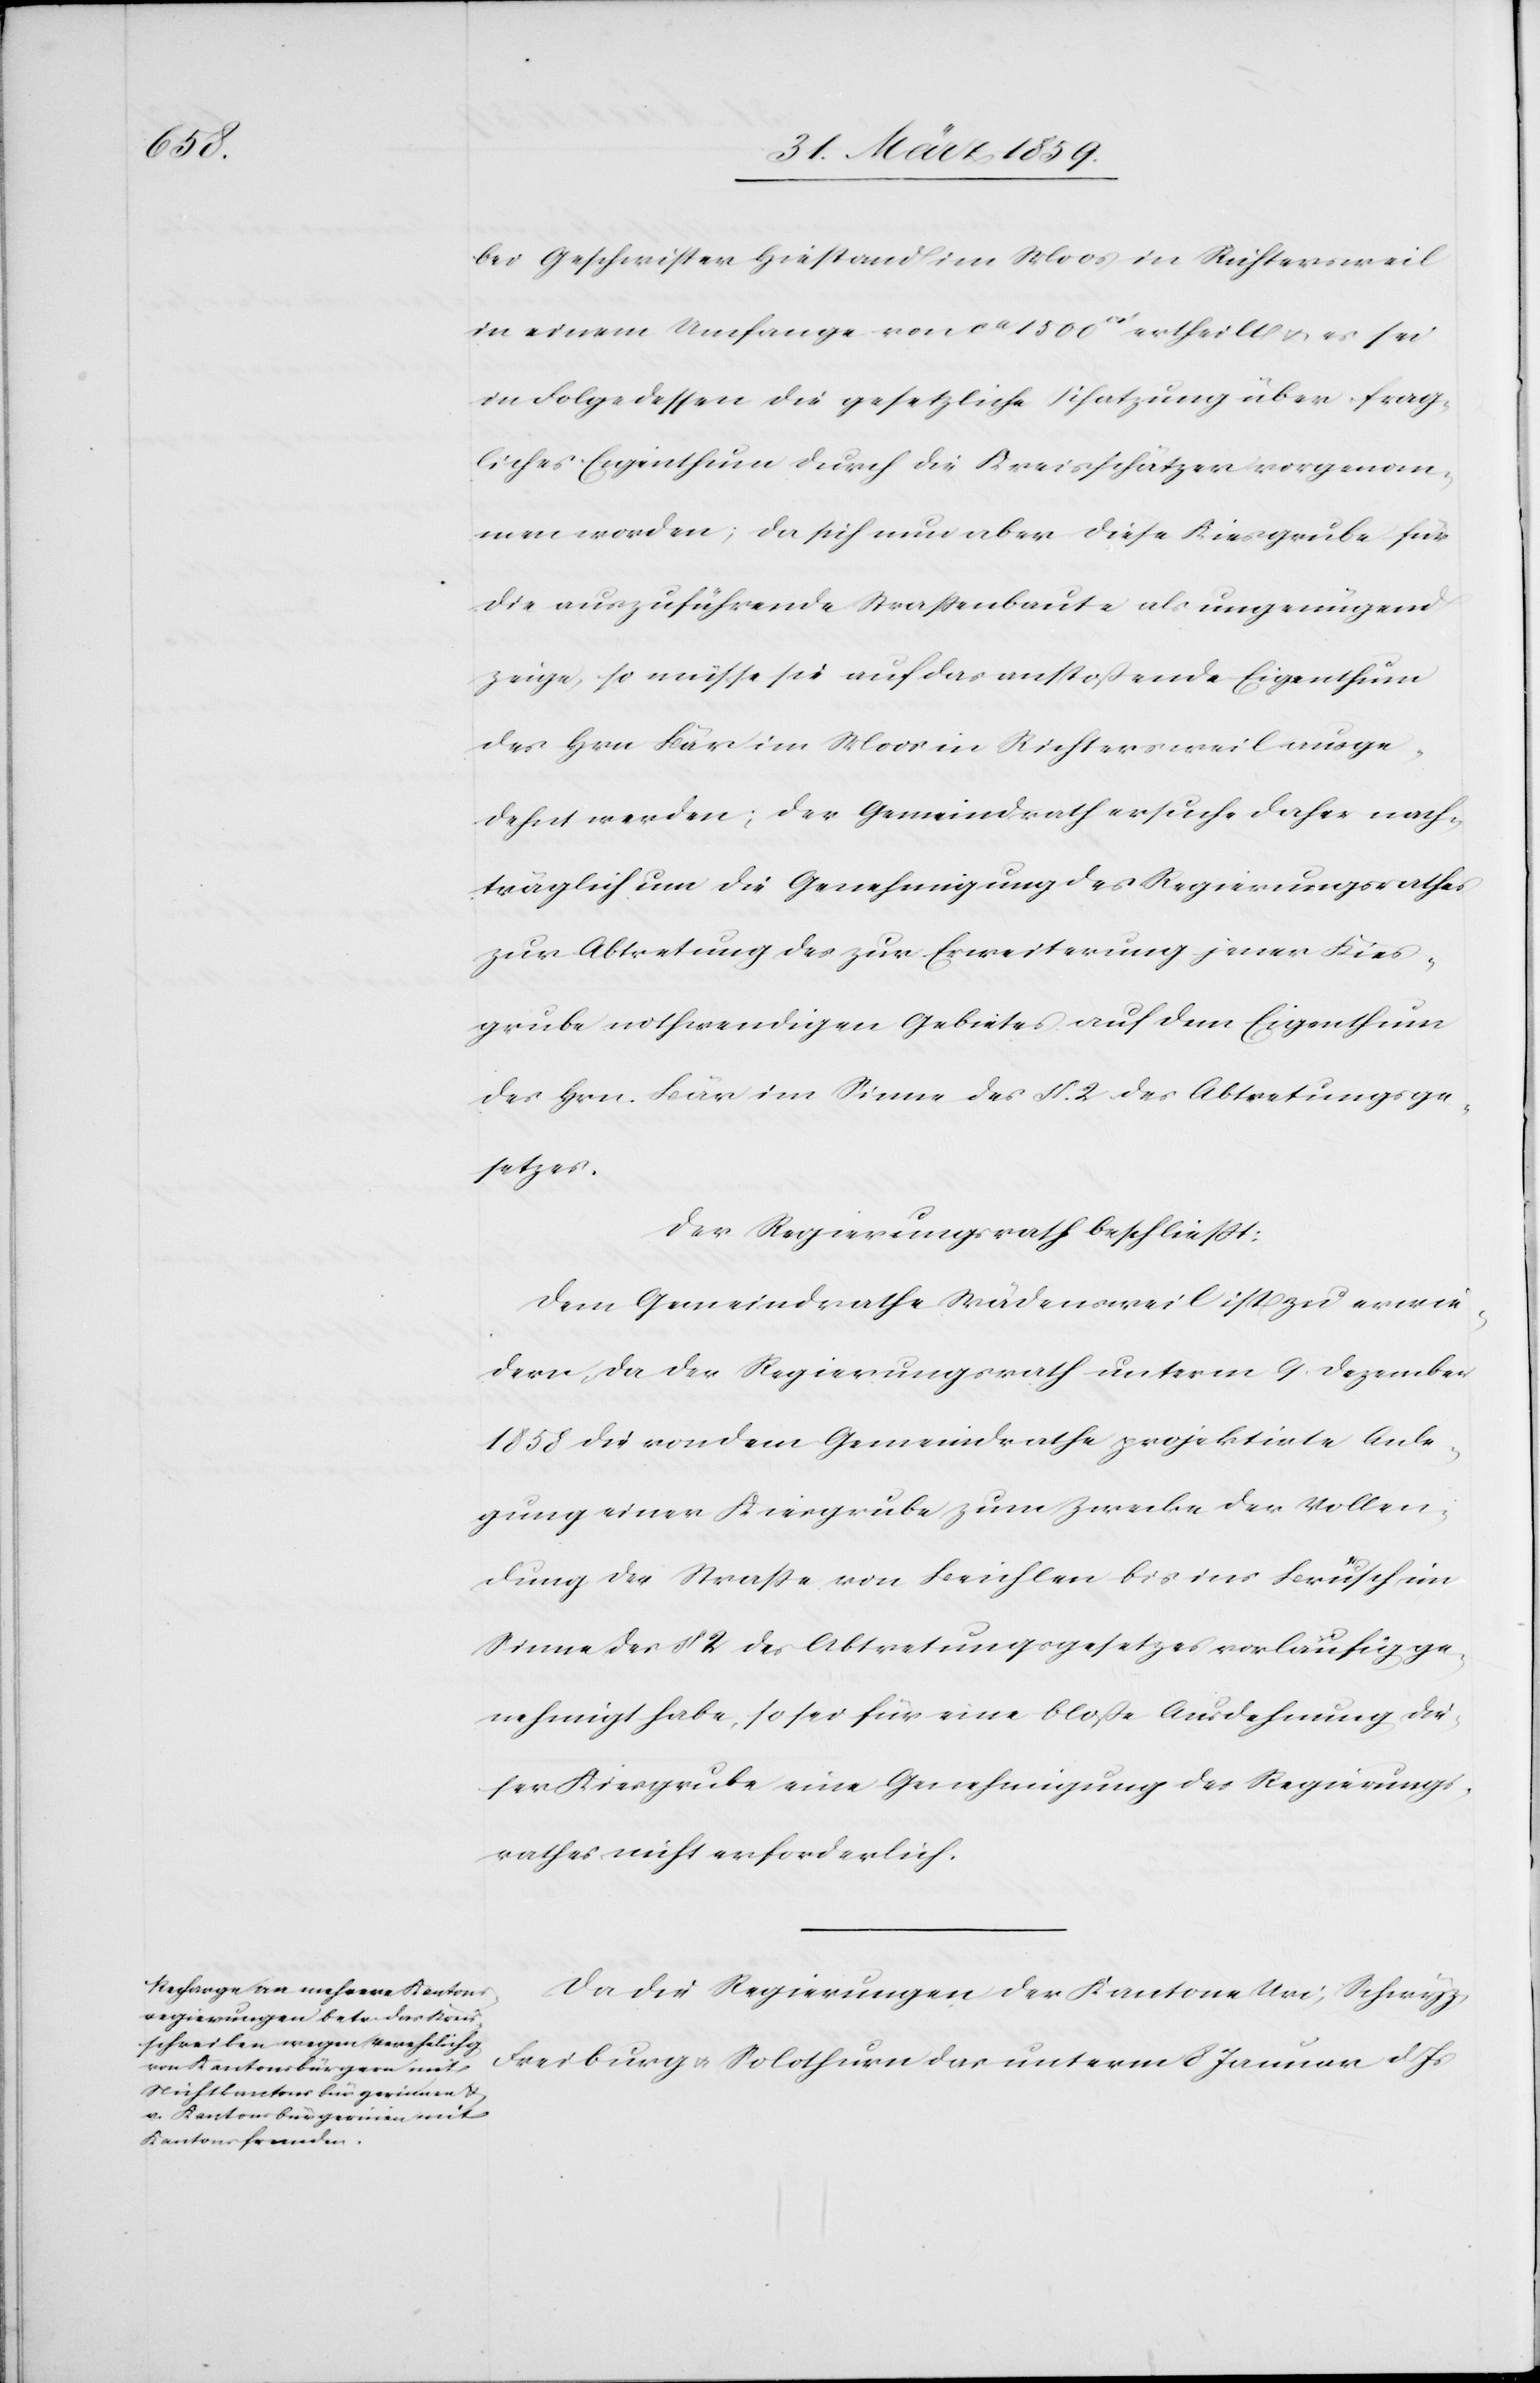
bei Geschwister Hiestand im Moos in Richtersweil
in einem Umfange von ca 1500 [Quadratfuß] ertheilt u. es sei
in Folge dessen die gesetzliche Schatzung über frag¬
liches Eigenthum durch die Kreisschätzer vorgenom¬
men worden; da sich nun aber diese Kiesgrube für
die auszuführende Straßenbaute als ungenügend
zeige, so müsse sie auf das anstoßende Eigenthum
des Hrn Bär im Moos in Richtersweil ausge¬
dehnt werden; der Gemeindrath ersuche daher nach¬
träglich um die Genehmigung des Regierungsrathes
zur Abtretung des zur Erweiterung jener Kies¬
grube nothwendigen Gebietes auf dem Eigenthum
des Hrn. Bär im Sinne des §. 2 des Abtretungsge¬
setzes.
Der Regierungsrath beschließt:
Dem Gemeindrathe Wädensweil ist zu erwie¬
dern, da der Regierungsrath unterm 9. Dezember
1858 die von dem Gemeindrathe projektirte Anle¬
gung einer Kiesgrube zum Zwecke der Vollen¬
dung der Straße von Beichlen bis ins Brüsch im
Sinne des§ 2 des Abtretungsgesetzes vorläufig ge¬
nehmigt habe, so sei für eine bloße Ausdehnung die¬
ser Kiesgrube eine Genehmigung des Regierungs¬
rathes nicht erforderlich.
Da die Regierungen der Kantone Uri, Schwyz,
Freiburg u. Solothurn das unterm 8 Januar d. Js